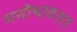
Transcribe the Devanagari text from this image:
मनोभावनाएं